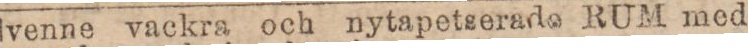
Tvenne vackra och nytapetserade RUM med